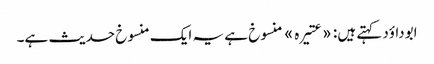
ابوداؤد کہتے ہیں: «عتیرہ» منسوخ ہے یہ ایک منسوخ حدیث ہے۔